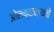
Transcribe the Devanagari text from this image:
ओलक्कनाथाचे